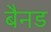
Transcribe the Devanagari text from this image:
बैनड